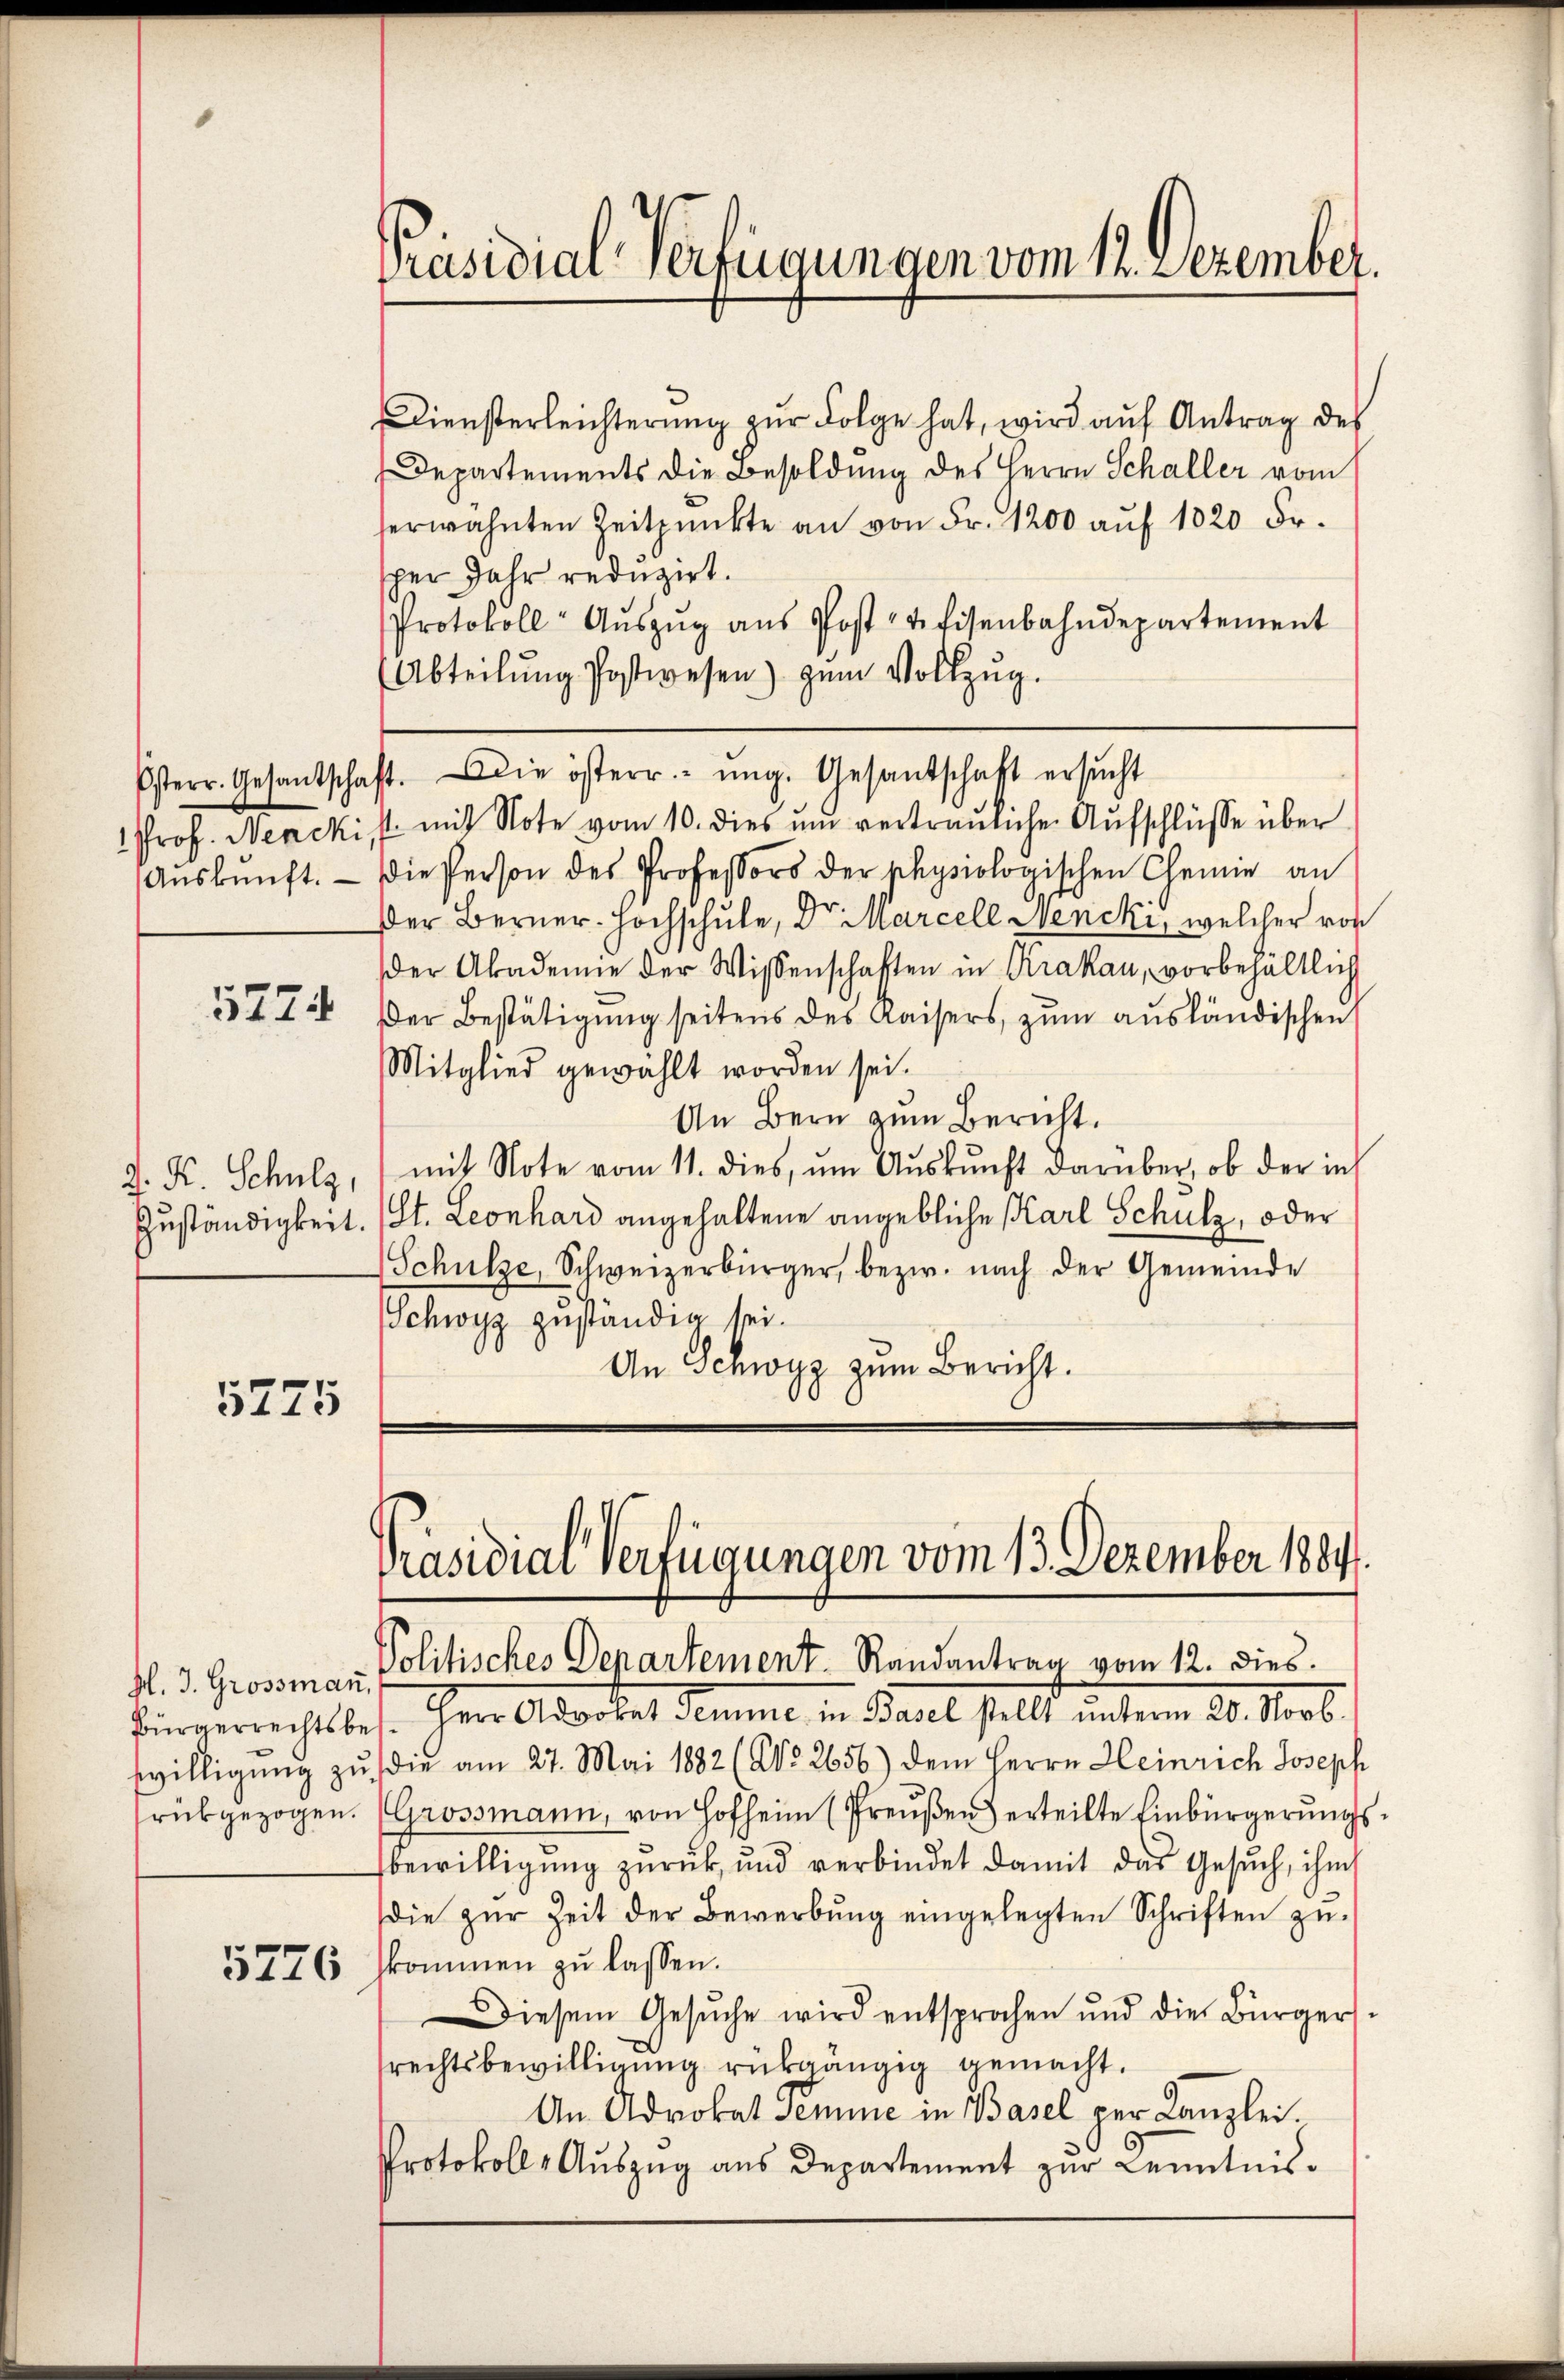
5774

J. K. Schulz,
Zuständigkeit.

5775

M. J. Grossman
Bürgerrechtsbeswilligung zu
rückgezogen.

Präsidial-Verfügungen vom 12. Dezember.

Diensterleichterung zŭr Folge hat, wird aŭf Antrag des
Departements die Besoldung des Herrn Schaller vom
herwähnten Zeitpunkte an von Fr. 1200 aŭf 1020 Fr.
scher Jahr reduzirt.
Protokoll- Aŭszŭg aŭs Post Eisenbahndepartement
(Abteilŭng Postwesen) zum Vollzŭg.
Esterr. Gesantschaft. Die österr.- ŭng. Gesandschaft ersŭcht
1 Prof. Neackist mit Note vom 10. dies ŭm vertraŭliche Aŭfschlüsse über
Aŭskŭnft. Die Person des Professors der physiologischen Chemie an
Der Berner-Hochschule, Dr. Marcell Lencki, welcher von
der Akademie der Wissenschaften in Krakau, vorbehältlich
Der Bestätigung seitens des Kaisers zum ausländischen
Mitglied gewählt worden sei.
An Bern zum Bericht.
mit Note vom 11. dies, ŭm Aŭskŭnft darüber, ob der ins
(St. Leonhard angehaltene angebliche Karl Schulz, oder
Schulze, Schweizerbürger, bezw. nach der Gemeinde
Schwyz zuständig sei.
An Schwyz zum Bericht.

Politisches Departement. Randantrag vom 12. dies.
h. Heer Advokat Semme in Paul stellt unterm 20. Marb
die am 27. Mai 1882 (NNo. 2656) dem Herrn Heinrich Joseph
(Grossmann, von Hofheim (Preußen) erteilte Einbürgerungs
bewilligung zurück, und verbindet damit das Gesŭch, ihm
die zŭr Zeit der Bewerbŭng eingelegten Schriften zŭ-
5776 skommen zu lassen.
Diesem Gesŭche wird entsprochen und die Bürger-
rechtsbewilligung rückgängig gemacht.
An Advokat Temme in Basel per Kanzlei.
Protokoll- Auszug aus Departement zur Kenntnis¬

Präsidial-Verfügungen vom 13. Dezember 1884.